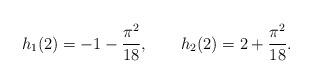
LaTeX: \begin{align*}h_1(2) = -1 - {\pi^2\over18}, \qquad h_2(2) = 2 + {\pi^2\over18}.\end{align*}